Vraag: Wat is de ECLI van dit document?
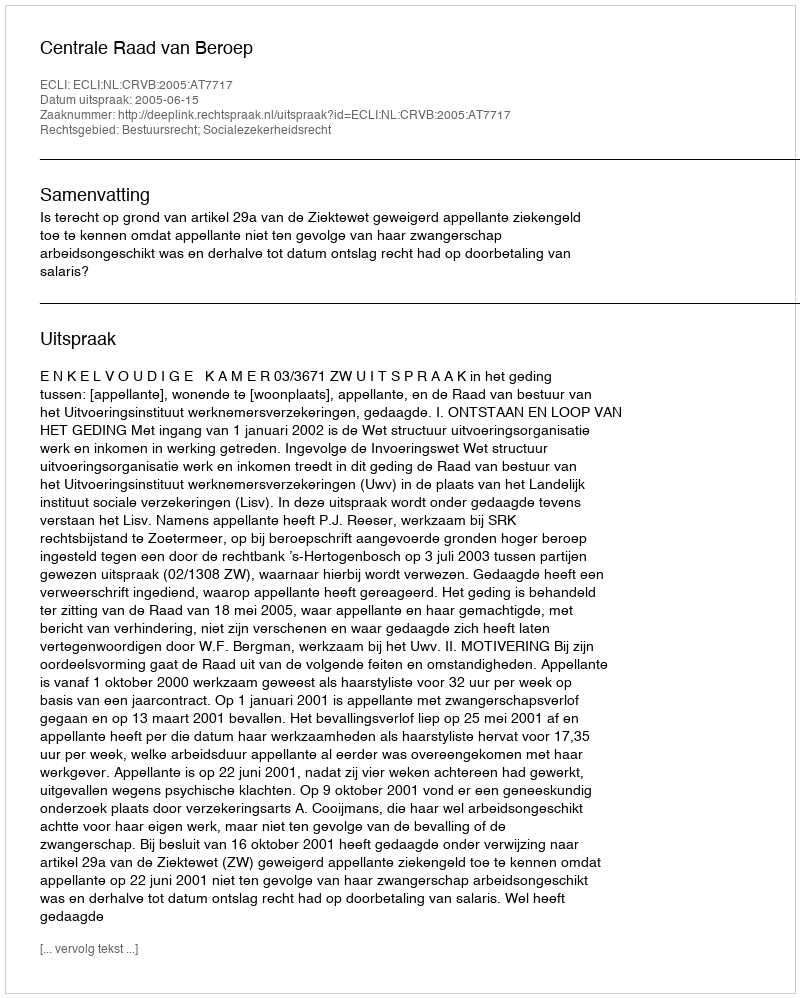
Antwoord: ECLI:NL:CRVB:2005:AT7717